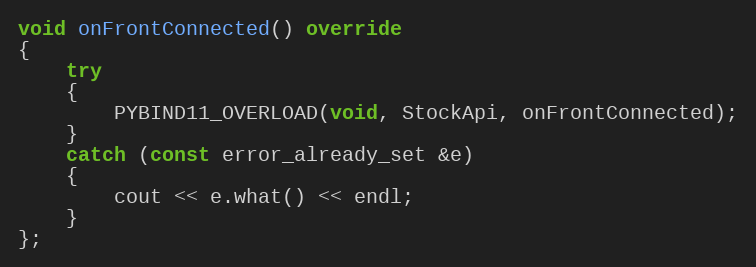
Language: C++
void onFrontConnected() override
{
	try
	{
		PYBIND11_OVERLOAD(void, StockApi, onFrontConnected);
	}
	catch (const error_already_set &e)
	{
		cout << e.what() << endl;
	}
};